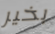
بخير